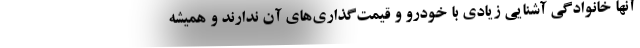
آنها خانوادگی آشنایی زیادی با خودرو و قیمت‌گذاری‌های آن ندارند و همیشه